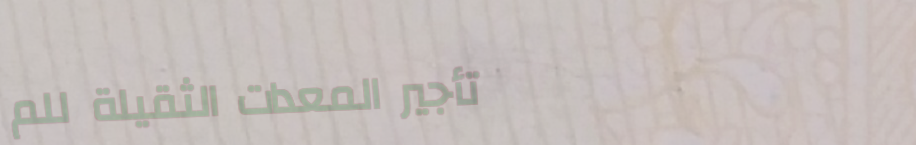
تأجير المعدات الثقيلة للم